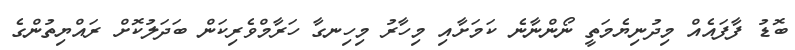
ބޮޑު ފާފައެއް މިދުނިޔެމަތީ ނޯންނާނެ ކަމަށާއި މިހާރު މިހިނގާ ހަރާމްވެރިކަން ބަދަލުކޮށް ރައްޔިތުންގެ